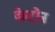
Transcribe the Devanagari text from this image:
केटोन